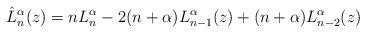
LaTeX: \begin{align*}\hat{L}_n^{\alpha}(z)=nL_n^{\alpha}-2(n+\alpha)L_{n-1}^{\alpha}(z)+(n+\alpha)L_{n-2}^{\alpha}(z)\end{align*}